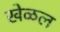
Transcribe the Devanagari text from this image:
खेळल